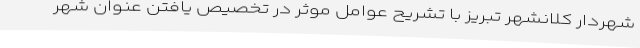
شهردار کلانشهر تبریز با تشریح عوامل موثر در تخصیص یافتن عنوان شهر